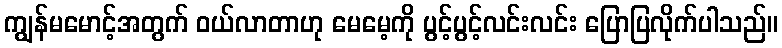
ကျွန်မမောင့်အတွက် ဝယ်လာတာဟု မေမေ့ကို ပွင့်ပွင့်လင်းလင်း ပြောပြလိုက်ပါသည်။